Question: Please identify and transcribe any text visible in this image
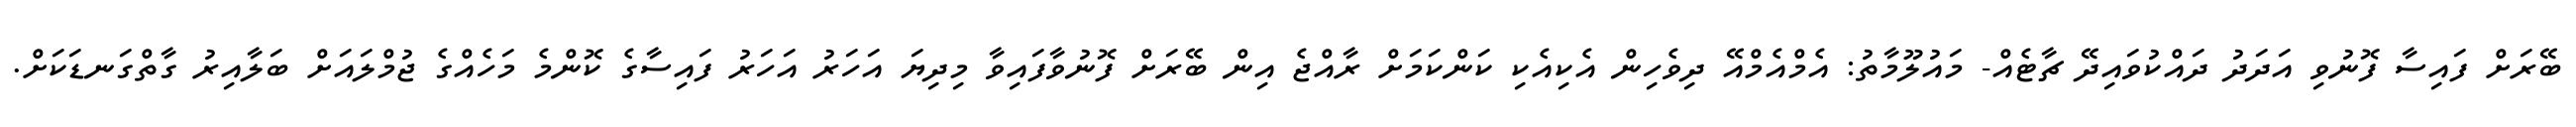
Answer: ބޭރަށް ފައިސާ ފޮނުވި އަދަދު ދައްކުވައިދޭ ޗާޓެއް- މައުލޫމާތު: އެމްއެމްއޭ ދިވެހިން އެކިއެކި ކަންކަމަށް ރާއްޖެ އިން ބޭރަށް ފޮނުވާފައިވާ މިދިޔަ އަހަރު އަހަރު ފައިސާގެ ކޮންމެ މަހެއްގެ ޖުމްލައަށް ބަލާއިރު ގާތްގަނޑަކަށް.